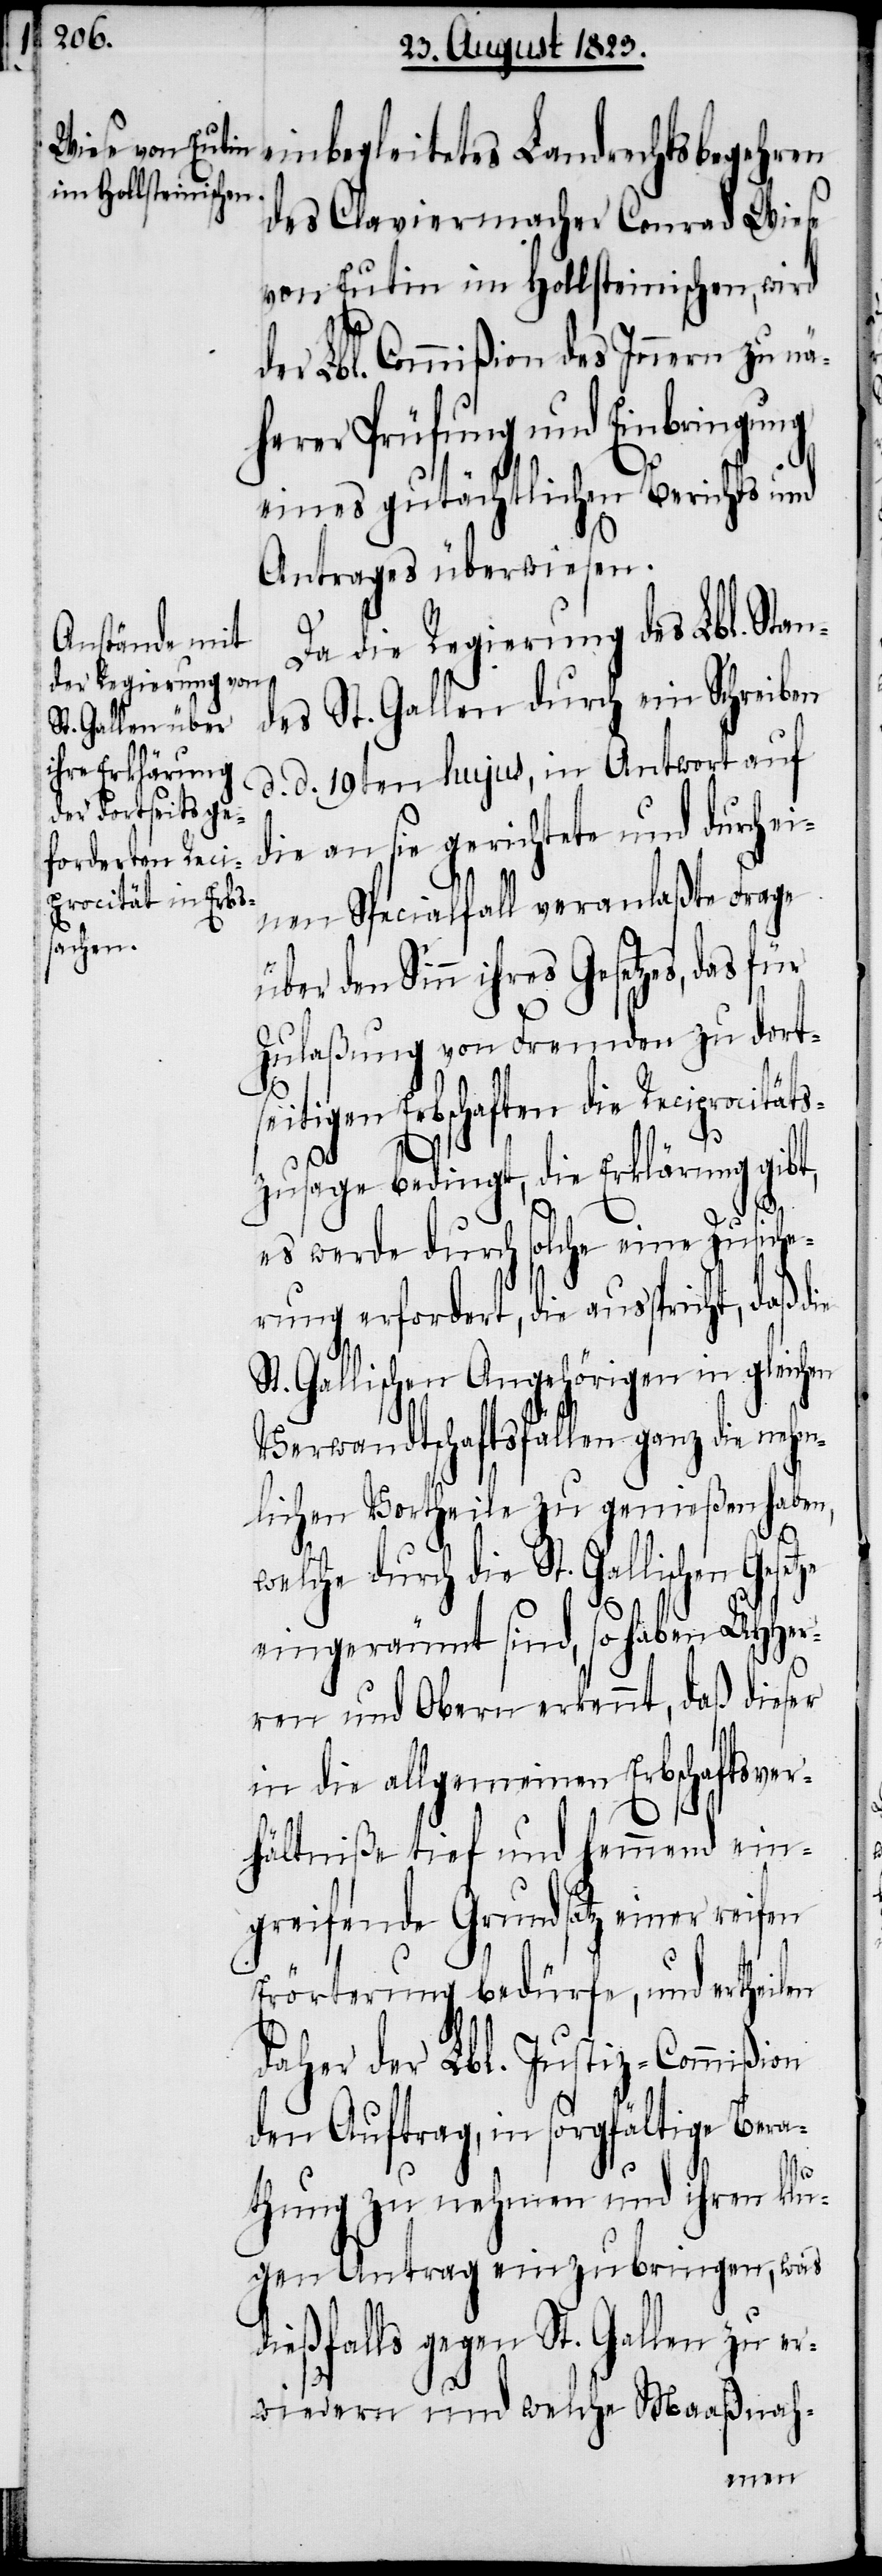
einbegleitetes Landrechtsbegehren
des Claviermacher Conrad Wiese
von Eutin im Hollsteinischen, wird
der Lbl. Commißion des Innern zu nä¬
herer Prüfung und Einbringung
eines gutächtlichen Berichts und
Antrages überwiesen.
Da die Regierung des Lbl. Stan¬
des St. Gallen durch ein Schreiben
d. d. 19ten hujus, in Antwort auf
die an sie gerichtete und durch e¬
inen Specialfall veranlaßte Frage
den Sinn ihres Gesetzes, das
Zulaßung von Fremden zu dort¬
seitigen Erbschaften die Reciprocitäts¬
zusage bedingt, die Erklärung gibt,
es werde durch solche eine Zusiche¬
rung erfordert, die ausspricht, daß d¬
St. Gallischen Angehörigen in gleichen
Verwandtschaftsfällen ganz die neh¬
mlichen Vortheile zu genießen haben,
welche durch die St. Gallischen
eingeräumt sind, so haben UHHer¬
ren und Obern erkennt, daß dieser
in die allgemeinen Erbschaftsver¬
hältniße tief und hemmend ein¬
greifende Grundsatz einer reifen
Erörterung bedürfe, und ertheilen
daher der Lbl. Justiz-Commißion
den Auftrag, in sorgfältige Bera¬
ie
thung zu nehmen und ihren klu¬
gen Antrag einzubringen, was
dießfalls gegen St. Gallen zu er¬
wiedern und welche Maaßnah-